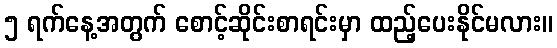
၅ ရက်နေ့အတွက် စောင့်ဆိုင်းစာရင်းမှာ ထည့်ပေးနိုင်မလား။